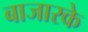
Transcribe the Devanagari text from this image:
बाजारके